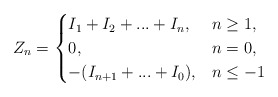
\begin{align*}Z_n=\begin{cases}I_1+I_2+...+I_n, &n\geq 1,\\0, &n=0,\\-(I_{n+1}+...+I_0), &n\leq -1\end{cases}\end{align*}